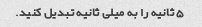
5 ثانیه را به میلی ثانیه تبدیل کنید.